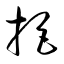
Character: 拒